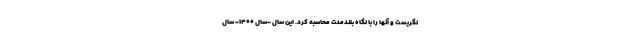
نگریست و آنها را با نگاه بلندمدّت محاسبه کرد. این سال -سال ۱۴۰۰- سال